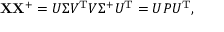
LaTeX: \mathbf { X } \mathbf { X } ^ { + } = U \Sigma V ^ { \mathrm { { T } } } V \Sigma ^ { + } U ^ { \mathrm { { T } } } = U P U ^ { \mathrm { { T } } } ,